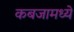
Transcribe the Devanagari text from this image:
कबजामध्ये